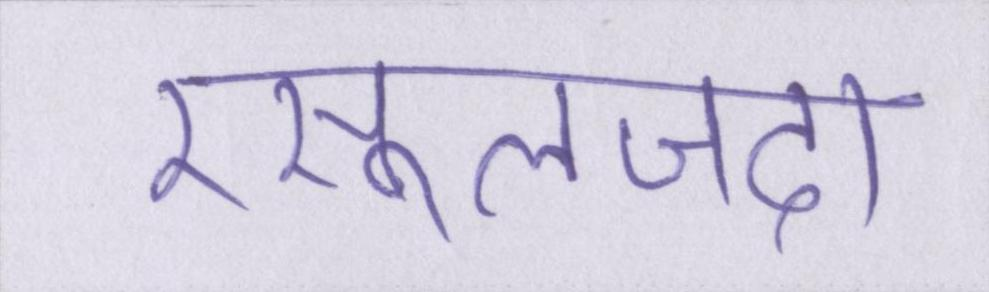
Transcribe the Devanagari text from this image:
रसूलजदा